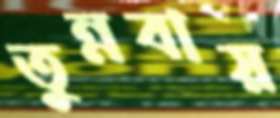
তুন্নবায়